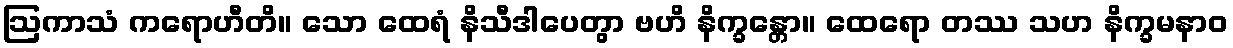
ဩကာသံ ကရောဟီတိ။ သော ထေရံ နိသီဒါပေတွာ ဗဟိ နိက္ခန္တော။ ထေရော တဿ သဟ နိက္ခမနာဝ